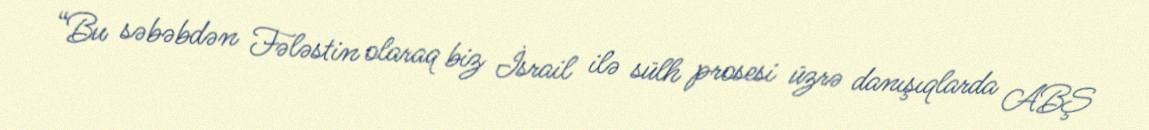
“Bu səbəbdən Fələstin olaraq biz İsrail ilə sülh prosesi üzrə danışıqlarda ABŞ